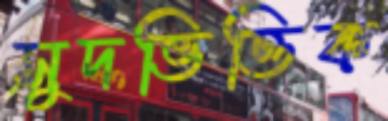
সুদভিত্তিক